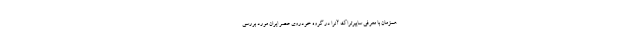
همزمان با معرفی سایبرتراک آنرا در گروه خودروی عصر ایران مورد بررسی